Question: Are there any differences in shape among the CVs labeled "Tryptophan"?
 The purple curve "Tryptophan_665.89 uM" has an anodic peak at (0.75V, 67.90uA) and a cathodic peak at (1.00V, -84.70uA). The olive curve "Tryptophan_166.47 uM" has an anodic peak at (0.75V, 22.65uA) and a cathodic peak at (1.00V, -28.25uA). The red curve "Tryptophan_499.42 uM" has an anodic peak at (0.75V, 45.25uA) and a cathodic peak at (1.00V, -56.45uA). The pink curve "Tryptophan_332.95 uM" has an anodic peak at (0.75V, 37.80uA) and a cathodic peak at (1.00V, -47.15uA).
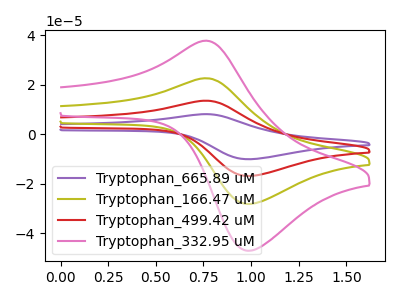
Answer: <think>All the peaks in "Tryptophan_665.89 uM" have a peak in "Tryptophan_166.47 uM" at the same potential. Every peak in "Tryptophan_665.89 uM" is higher than every peak in "Tryptophan_166.47 uM". All the peaks in "Tryptophan_665.89 uM" have a peak in "Tryptophan_499.42 uM" at the same potential. Every peak in "Tryptophan_665.89 uM" is higher than every peak in "Tryptophan_499.42 uM". All the peaks in "Tryptophan_665.89 uM" have a peak in "Tryptophan_332.95 uM" at the same potential. Every peak in "Tryptophan_665.89 uM" is higher than every peak in "Tryptophan_332.95 uM". All the peaks in "Tryptophan_166.47 uM" have a peak in "Tryptophan_499.42 uM" at the same potential. Every peak in "Tryptophan_166.47 uM" is lower than every peak in "Tryptophan_499.42 uM". All the peaks in "Tryptophan_166.47 uM" have a peak in "Tryptophan_332.95 uM" at the same potential. Every peak in "Tryptophan_166.47 uM" is lower than every peak in "Tryptophan_332.95 uM". All the peaks in "Tryptophan_499.42 uM" have a peak in "Tryptophan_332.95 uM" at the same potential. Every peak in "Tryptophan_499.42 uM" is higher than every peak in "Tryptophan_332.95 uM".
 </think>
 <answer>All the CV's of "Tryptophan" have similar shape.</answer>
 <eval>follow_rule</eval>